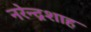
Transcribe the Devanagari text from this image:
नरेन्द्रशाह